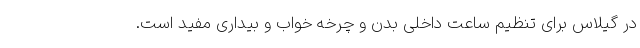
در گیلاس برای تنظیم ساعت داخلی بدن و چرخه خواب و بیداری مفید است.